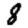
Digit: 8